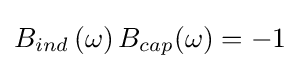
B_{ind}\left(\omega \right)B_{cap}(\omega )=-1